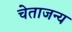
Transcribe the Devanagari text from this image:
चेताजन्य